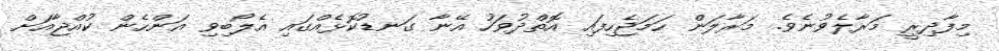
މިފާދިރީ މަރާލެވުނެވެ. މަރާލަން ހަމަޖެހިފައި އޮތްދުވަހު އޭނާ ގަނޑުކޮޅެއްގައި އެލޯބިވި އަންހެން ކުއްޖާއަށް